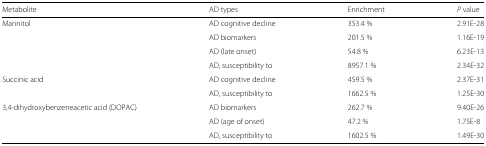
<table><thead><tr><td><b>Metabolite</b></td><td><b>AD types</b></td><td><b>Enrichment</b></td><td><b><i>P</i> value</b></td></tr></thead><tbody><tr><td>Mannitol</td><td>AD cognitive decline</td><td>353.4 %</td><td>2.91E-28</td></tr><tr><td></td><td>AD biomarkers</td><td>201.5 %</td><td>1.16E-19</td></tr><tr><td></td><td>AD (late onset)</td><td>54.8 %</td><td>6.23E-13</td></tr><tr><td></td><td>AD, susceptibility to</td><td>8957.1 %</td><td>2.34E-32</td></tr><tr><td>Succinic acid</td><td>AD cognitive decline</td><td>459.5 %</td><td>2.37E-31</td></tr><tr><td></td><td>AD, susceptibility to</td><td>1662.5 %</td><td>1.25E-30</td></tr><tr><td>3,4-dihydroxybenzeneacetic acid (DOPAC)</td><td>AD biomarkers</td><td>262.7 %</td><td>9.40E-26</td></tr><tr><td></td><td>AD (age of onset)</td><td>47.2 %</td><td>1.75E-8</td></tr><tr><td></td><td>AD, susceptibility to</td><td>1602.5 %</td><td>1.49E-30</td></tr></tbody></table>